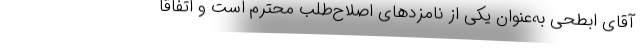
آقای ابطحی به‌عنوان یکی از نامزدهای اصلاح‌طلب محترم است و اتفاقا